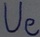
Text: Ue